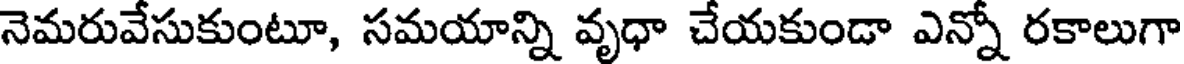
నెమరువేసుకుంటూ, సమయాన్ని వృధా చేయకుండా ఎన్నో రకాలుగా